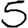
Digit: 5